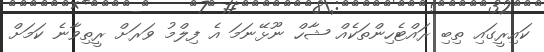
ކައިރީގައި ތިބި ރައްޓެހިންތަކެއް ޝާހް ނޫޅޭނަމަ އެ ފިލްމު ވަރަށް ރީތިވާނެ ކަމަށް